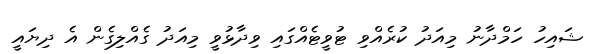
ޝައިހު ހަމްދާނު މިއަދު ކުރެއްވި ޓުވީޓެއްގައި ވިދާޅުވީ މިއަދު ގެއްލިގެން އެ ދިޔައީ